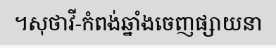
។សុថាវី-កំពង់ឆ្នាំងចេញផ្សាយនា